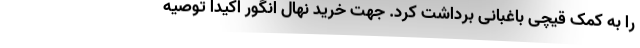
را به کمک قیچی باغبانی برداشت کرد. جهت خرید نهال انگور اکیدا توصیه